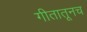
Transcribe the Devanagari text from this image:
गीतातूनच